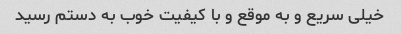
خیلی سریع و به موقع و با کیفیت خوب به دستم رسید